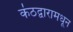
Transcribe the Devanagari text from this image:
कंठद्वारामधून